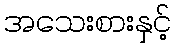
အသေးစားနှင့်